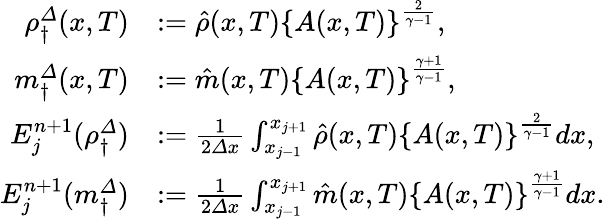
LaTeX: \begin{array}{rl}{\rho_{\dagger}^{\varDelta}(x,T)}&{:=\hat{\rho}(x,T)\left\{ A(x,T)\right\} ^{\frac{2}{\gamma-1}},}\\ {m_{\dagger}^{\varDelta}(x,T)}&{:=\hat{m}(x,T)\left\{ A(x,T)\right\} ^{\frac{\gamma+1}{\gamma-1}},}\\ {E_{j}^{n+1}(\rho_{\dagger}^{\varDelta})}&{:=\frac 1{2{\varDelta}x}\int_{x_{j-1}}^{x_{j+1}}\hat{\rho}(x,T)\left\{ A(x,T)\right\} ^{\frac{2}{\gamma-1}}dx,}\\ {E_{j}^{n+1}(m_{\dagger}^{\varDelta})}&{:=\frac 1{2{\varDelta}x}\int_{x_{j-1}}^{x_{j+1}}\hat{m}(x,T)\left\{ A(x,T)\right\} ^{\frac{\gamma+1}{\gamma-1}}dx.}\end{array}